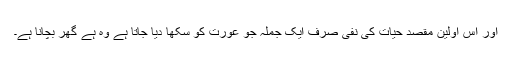
اور اس اولین مقصد حیات کی نفی صرف ایک جملہ جو عورت کو سکھا دیا جاتا ہے وہ ہے گھر بچانا ہے۔